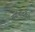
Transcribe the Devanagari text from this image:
सूर्याभोवतीही